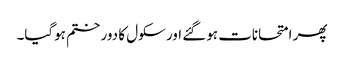
پھر امتحانات ہوگئے اور سکول کا دور ختم ہوگیا۔